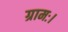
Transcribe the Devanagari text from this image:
ग्रामः।